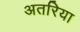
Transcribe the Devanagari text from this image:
अतरिया